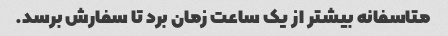
متاسفانه بیشتر از یک ساعت زمان برد تا سفارش برسد.